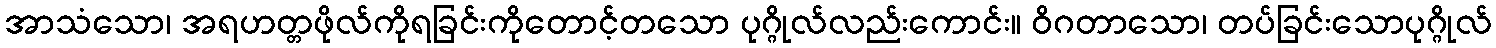
အာသံသော၊ အရဟတ္တဖိုလ်ကိုရခြင်းကိုတောင့်တသော ပုဂ္ဂိုလ်လည်းကောင်း။ ဝိဂတာသော၊ တပ်ခြင်းသောပုဂ္ဂိုလ်